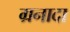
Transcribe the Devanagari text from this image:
ग्रनादा